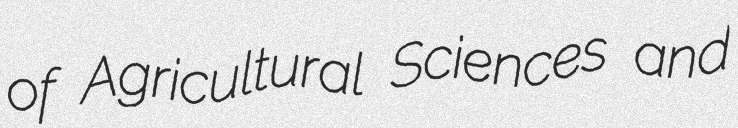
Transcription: of Agricultural Sciences and